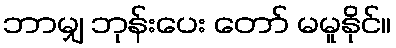
ဘာမျှ ဘုန်းပေး တော် မမူနိုင်။